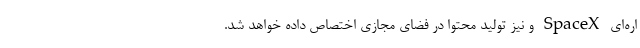
اره‌ای SpaceX و نیز تولید محتوا در فضای مجازی اختصاص داده خواهد شد.